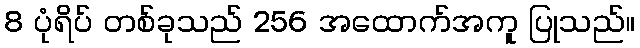
8 ပုံရိပ် တစ်ခုသည် 256 အထောက်အကူ ပြုသည်။